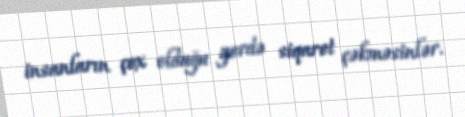
insanların çox olduğu yerdə siqaret çəkməsinlər.